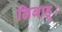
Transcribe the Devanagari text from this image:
निबाहू।